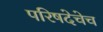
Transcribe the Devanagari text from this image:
परिषदेचेच